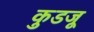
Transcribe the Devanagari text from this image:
कुडजू